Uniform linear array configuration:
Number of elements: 16
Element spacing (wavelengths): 0.5
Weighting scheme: binomial
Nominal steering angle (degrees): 60
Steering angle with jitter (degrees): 60.314
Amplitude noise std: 0.05
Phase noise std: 0.05

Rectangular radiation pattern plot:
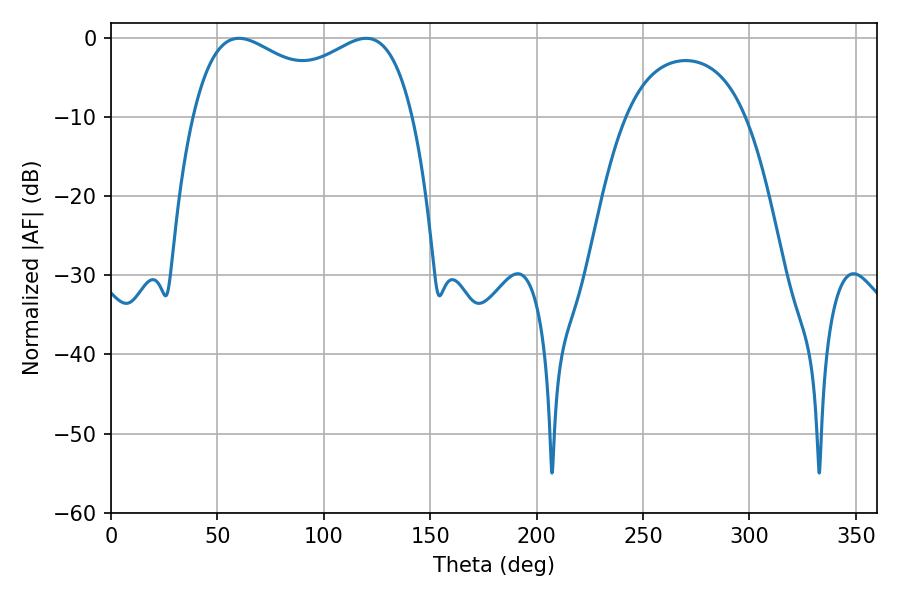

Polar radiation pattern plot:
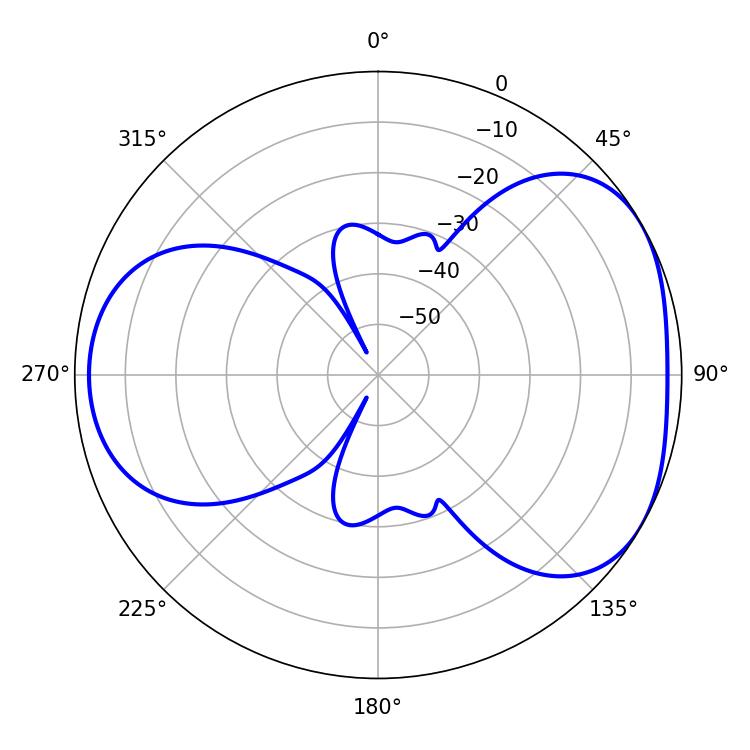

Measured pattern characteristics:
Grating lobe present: FALSE
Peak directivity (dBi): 4.354
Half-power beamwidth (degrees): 86.04
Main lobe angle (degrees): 60.12